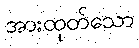
အားထုတ်သော